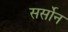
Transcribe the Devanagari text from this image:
सर्सोन